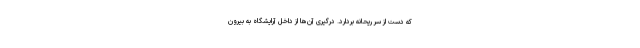
که دست از سر ریحانه بردارد. درگیری آن‌ها از داخل آرایشگاه به بیرون